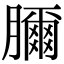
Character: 𦢈